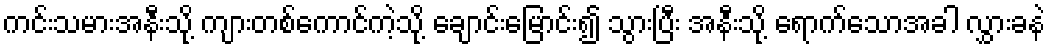
ကင်းသမားအနီးသို့ ကျားတစ်ကောင်ကဲ့သို့ ချောင်းမြောင်း၍ သွားပြီး အနီးသို့ ရောက်သောအခါ လွှားခနဲ